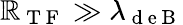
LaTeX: \mathbb{R}_{\mathrm{{~T~F~}}}\gg\lambda_{\mathrm{{~d~e~B~}}}